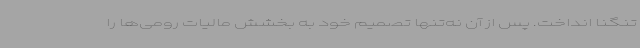
تنگنا انداخت. پس از آن نه‌تنها تصمیم خود به بخشش مالیات رومی‌ها را